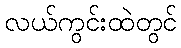
လယ်ကွင်းထဲတွင်